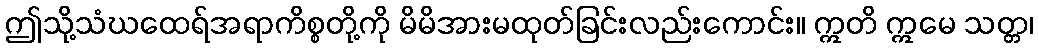
ဤသို့သံဃထေရ်အရာကိစ္စတို့ကို မိမိအားမထုတ်ခြင်းလည်းကောင်း။ ဣတိ ဣမေ သတ္တ၊